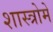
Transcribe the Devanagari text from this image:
शास्त्रोमें